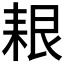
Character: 𦫎